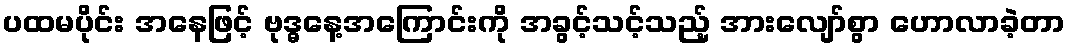
ပထမပိုင်း အနေဖြင့် ဗုဒ္ဓနေ့အကြောင်းကို အခွင့်သင့်သည့် အားလျော်စွာ ဟောလာခဲ့တာ